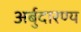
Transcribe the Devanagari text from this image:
अर्बुदारण्य